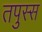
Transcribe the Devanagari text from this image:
तपुस्स